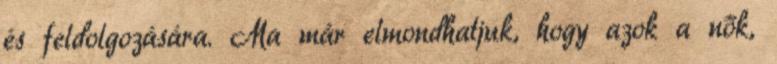
és feldolgozására. Ma már elmondhatjuk, hogy azok a nők,